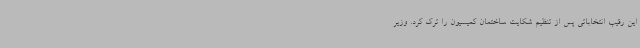
این رقیب انتخاباتی پس از تنظیم شکایت ساختمان کمیسیون را ترک کرد. وزیر